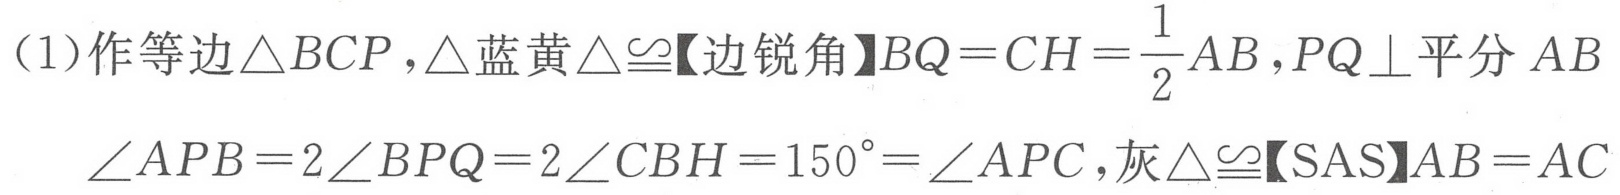
（1）作等边\(\triangle BCP\)，\(\triangle蓝黄\triangle\cong【边锐角】BQ = CH=\frac{1}{2}AB\)，\(PQ\perp\)平分 \(AB\)
\(\angle APB = 2\angle BPQ=2\angle CBH = 150^{\circ}=\angle APC\)，\(灰\triangle\cong【SAS】AB = AC\)